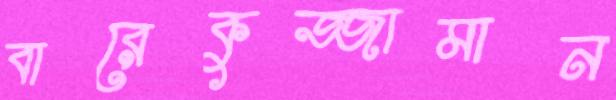
বারেকুজ্জামান